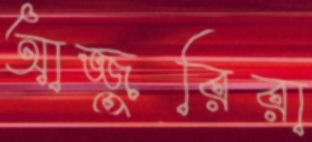
আজ্জুরিরা